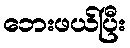
ဘေးဖယ်ပြီး